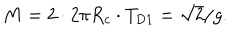
M = 2 \cdot 2 \pi R _ { c } \cdot T _ { \mathrm { D } { 1 } } = \sqrt { 2 } / g .